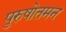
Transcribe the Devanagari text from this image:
पुरुषोतमन